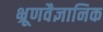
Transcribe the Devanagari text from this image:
भ्रूणवैज्ञानिक